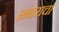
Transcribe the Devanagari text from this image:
शंभराचा